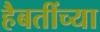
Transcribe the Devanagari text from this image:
हैबतींच्या